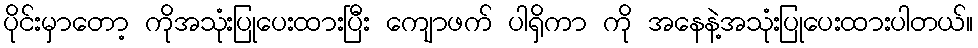
ပိုင်းမှာတော့ ကိုအသုံးပြုပေးထားပြီး ကျောဖက် ပါရှိကာ ကို အနေနဲ့အသုံးပြုပေးထားပါတယ်။